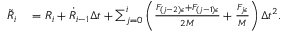
\begin{array} { r l } { \tilde { R } _ { i } } & { { } = R _ { i } + \dot { R } _ { i - 1 } \Delta t + \sum _ { j = 0 } ^ { i } \left( \frac { F _ { ( j - 2 ) \epsilon } + F _ { ( j - 1 ) \epsilon } } { 2 M } + \frac { F _ { j \epsilon } } { M } \right) \Delta t ^ { 2 } . } \end{array}